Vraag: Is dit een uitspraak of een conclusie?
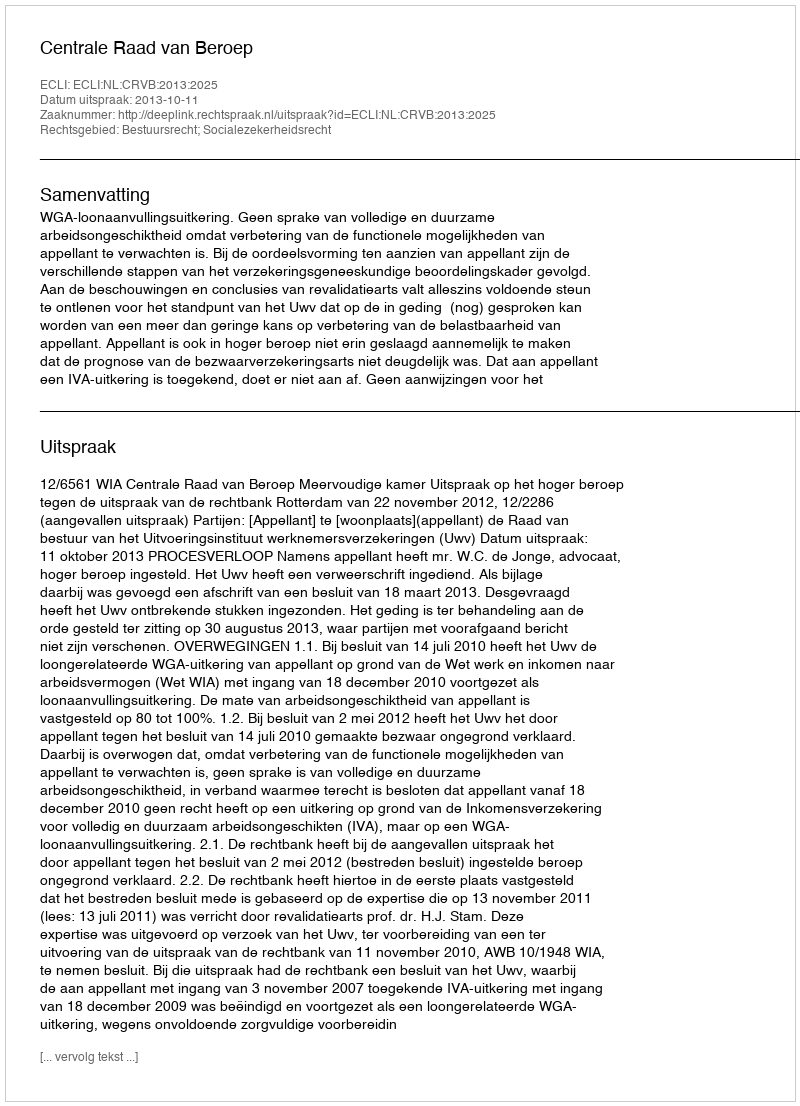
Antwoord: Uitspraak